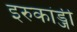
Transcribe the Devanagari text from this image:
इरुकांड्जी